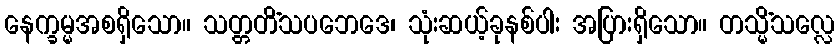
နေက္ခမ္မအစရှိသော။ သတ္တတိံသပဘေဒေ၊ သုံးဆယ့်ခုနစ်ပါး အပြားရှိသော။ တသ္မိံသလ္လေ